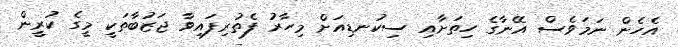
އެހެން ނަމަވެސް އޭނާގެ ހިތަށާއި ސިކުނޑިއަށް މިހާރު ފެތުރިފައިވާ ޖަޒުބާތަކީ މީގެ ކުރީން